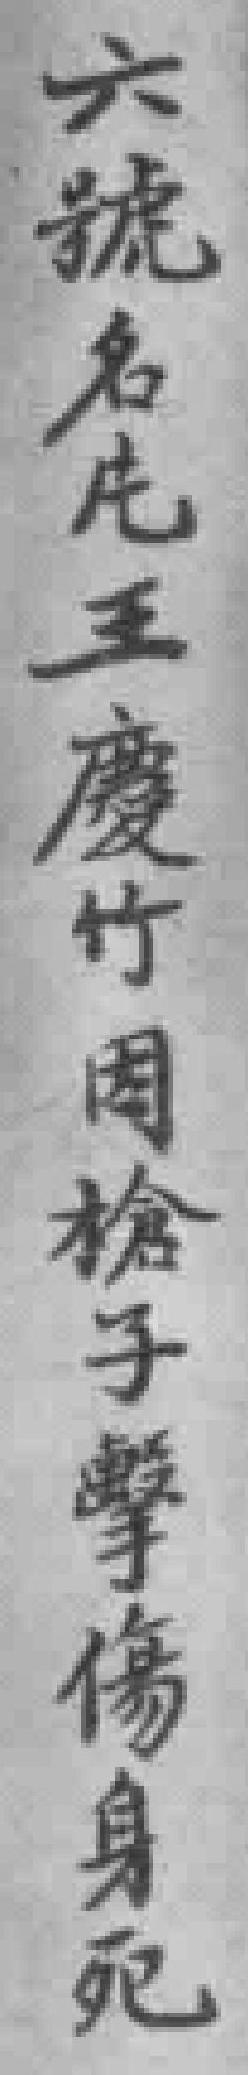
六號名庀王慶竹因槍子擊傷身死